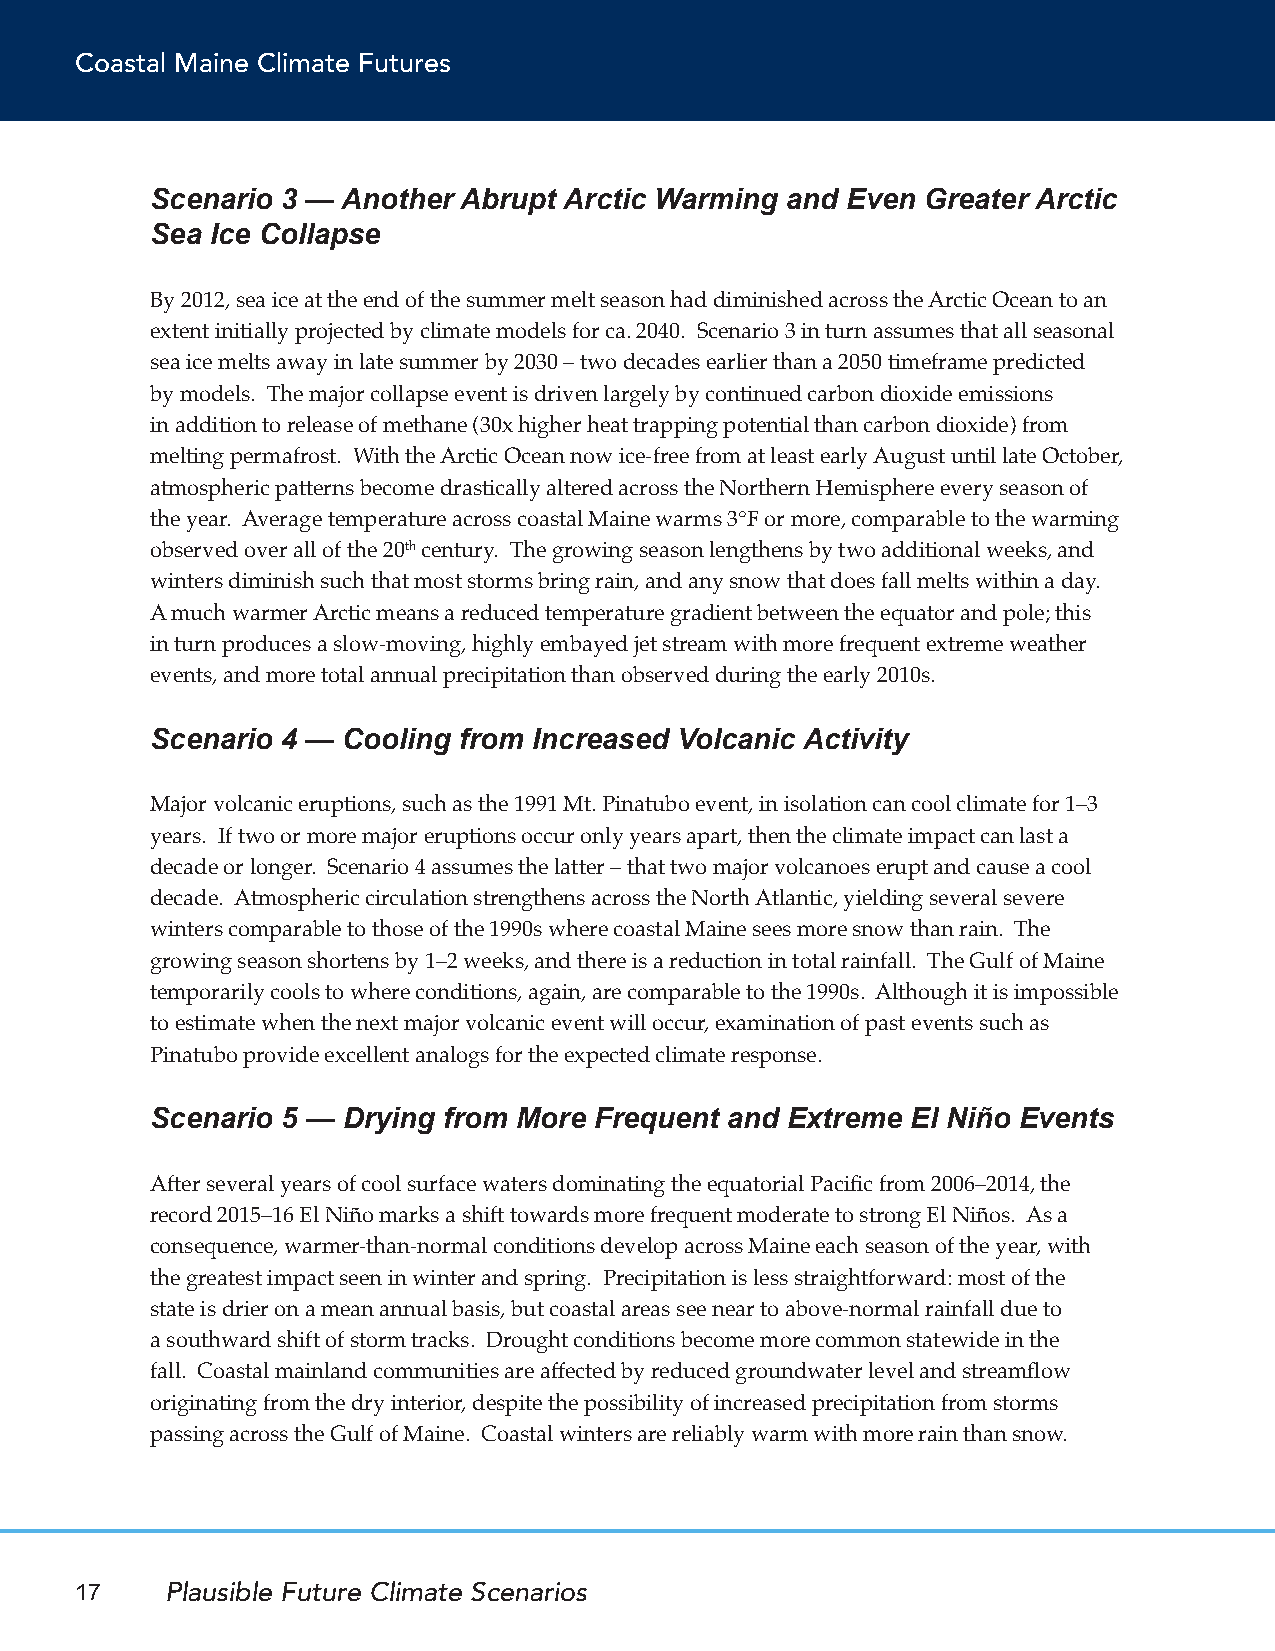
Coastal Maine Climate Futures
 Scenario 3 — Another Abrupt Arctic Warming and Even Greater Arctic
 Sea Ice Collapse
 By 2012, sea ice at the end of the summer melt season had diminished across the Arctic Ocean to an
 extent initially projected by climate models for ca. 2040. Scenario 3 in turn assumes that all seasonal
 sea ice melts away in late summer by 2030 – two decades earlier than a 2050 timeframe predicted
 by models. The major collapse event is driven largely by continued carbon dioxide emissions
 in addition to release of methane (30x higher heat trapping potential than carbon dioxide) from
 melting permafrost. With the Arctic Ocean now ice-free from at least early August until late October,
 atmospheric patterns become drastically altered across the Northern Hemisphere every season of
 the year. Average temperature across coastal Maine warms 3°F or more, comparable to the warming
 observed over all of the 20th century. The growing season lengthens by two additional weeks, and
 winters diminish such that most storms bring rain, and any snow that does fall melts within a day.
 A much warmer Arctic means a reduced temperature gradient between the equator and pole; this
 in turn produces a slow-moving, highly embayed jet stream with more frequent extreme weather
 events, and more total annual precipitation than observed during the early 2010s.
 Scenario 4 — Cooling from Increased Volcanic Activity
 Major volcanic eruptions, such as the 1991 Mt. Pinatubo event, in isolation can cool climate for 1–3
 years. If two or more major eruptions occur only years apart, then the climate impact can last a
 decade or longer. Scenario 4 assumes the latter – that two major volcanoes erupt and cause a cool
 decade. Atmospheric circulation strengthens across the North Atlantic, yielding several severe
 winters comparable to those of the 1990s where coastal Maine sees more snow than rain. The
 growing season shortens by 1–2 weeks, and there is a reduction in total rainfall. The Gulf of Maine
 temporarily cools to where conditions, again, are comparable to the 1990s. Although it is impossible
 to estimate when the next major volcanic event will occur, examination of past events such as
 Pinatubo provide excellent analogs for the expected climate response.
 Scenario 5 — Drying from More Frequent and Extreme El Niño Events
 After several years of cool surface waters dominating the equatorial Pacific from 2006–2014, the
 record 2015–16 El Niño marks a shift towards more frequent moderate to strong El Niños. As a
 consequence, warmer-than-normal conditions develop across Maine each season of the year, with
 the greatest impact seen in winter and spring. Precipitation is less straightforward: most of the
 state is drier on a mean annual basis, but coastal areas see near to above-normal rainfall due to
 a southward shift of storm tracks. Drought conditions become more common statewide in the
 fall. Coastal mainland communities are affected by reduced groundwater level and streamflow
 originating from the dry interior, despite the possibility of increased precipitation from storms
 passing across the Gulf of Maine. Coastal winters are reliably warm with more rain than snow.
 17    Plausible Future Climate Scenarios